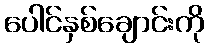
ပေါင်နှစ်ချောင်းကို